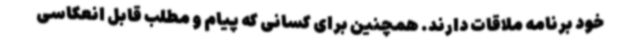
خود برنامه ملاقات دارند. همچنین برای کسانی که پیام و مطلب قابل انعکاسی